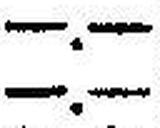
—.—